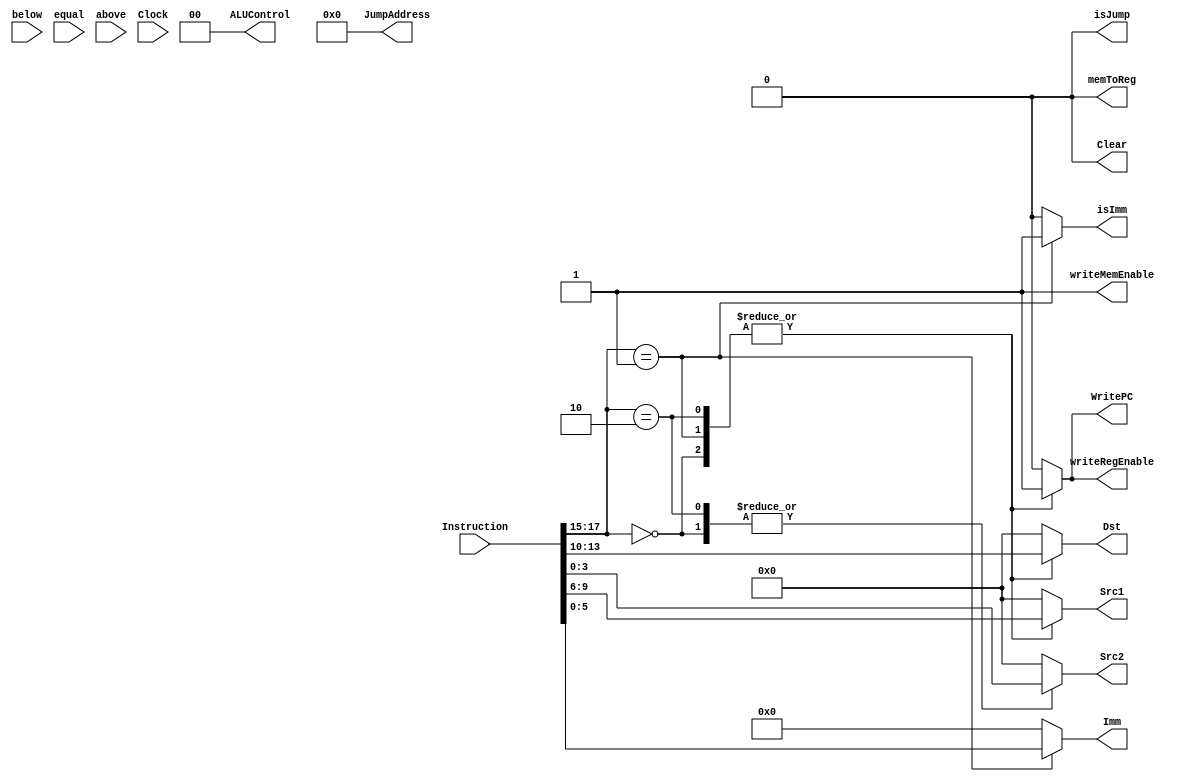
module ControlUnit(
    input [17:0] Instruction,
    input below,
    input equal,
    input above,
    input Clock,
    output reg WritePC,
    output reg Clear,
    output reg isJump,
    output reg [13:0] JumpAddress,
    output reg isImm,
    output reg [5:0] Imm,
    output reg [1:0] ALUControl,
    output reg [3:0] Src1,
    output reg [3:0] Src2,
    output reg [3:0] Dst,
    output reg writeRegEnable,
    output reg memToReg,
    output reg writeMemEnable
);

always @* begin
    Clear = 0;
    WritePC = 1;
    isJump = 0;
    JumpAddress = 0;
    isImm = 0;
    Imm = 0;
    ALUControl = 2'b00;
    Src1 = 0;
    Src2 = 0;
    Dst = 0;
    writeRegEnable = 0;
    memToReg = 0;
    writeMemEnable = 0;

    case (Instruction[17:15])
        // ADD
        3'b000: begin
            Src1 = Instruction[9:6];
            Src2 = Instruction[3:0];
            Dst = Instruction[13:10];
            writeRegEnable = 1;
            memToReg = 0;
            writeMemEnable = 1;
        end
        // ADDI
        3'b001: begin
            isImm = 1;
            Imm = Instruction[5:0];
            Src1 = Instruction[9:6];
            Dst = Instruction[13:10];
            writeRegEnable = 1;
            memToReg = 0;
            writeMemEnable = 1;
        end
        // AND
        3'b010: begin
            Src1 = Instruction[9:6];
            Src2 = Instruction[3:0];
            Dst = Instruction[13:10];
            writeRegEnable = 1;
            memToReg = 0;
            writeMemEnable = 1;
        end

        // Default case
        default: begin
            Clear = 0;
            WritePC = 0;
            isJump = 0;
            JumpAddress = 0;
            isImm = 0;
            Imm = 0;
            ALUControl = 2'b00;
            Src1 = 0;
            Src2 = 0;
            Dst = 0;
            writeRegEnable = 0;
            memToReg = 0;
            writeMemEnable = 1;
        end
    endcase
end

endmodule